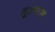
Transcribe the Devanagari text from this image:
मूलशास्त्र